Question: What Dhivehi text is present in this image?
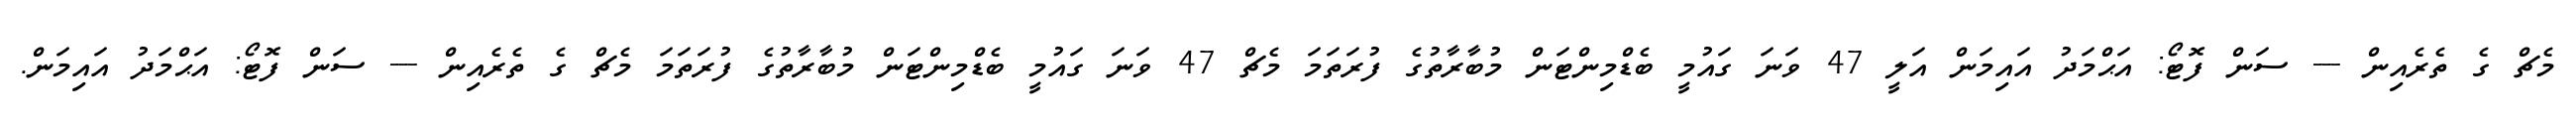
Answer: މެޗް ގެ ތެރެއިން --- ސަން ފޮޓޯ: އަޙްމަދު އައިމަން އަލީ 47 ވަނަ ގައުމީ ބެޑްމިންޓަން މުބާރާތުގެ ފުރަތަމަ މެޗް 47 ވަނަ ގައުމީ ބެޑްމިންޓަން މުބާރާތުގެ ފުރަތަމަ މެޗް ގެ ތެރެއިން --- ސަން ފޮޓޯ: އަޙްމަދު އައިމަން.